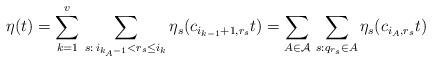
LaTeX: \begin{align*}\eta(t)=\sum_{k=1}^v\,\sum_{s:\, i_{k_A-1}<r_s\leq i_k}\eta_s(c_{i_{k-1}+1,r_s}t)=\sum _{A\in\mathcal A}\,\sum_{s: q_{r_s}\in A}\eta_s(c_{i_A,r_s}t)\end{align*}